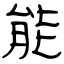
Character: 能